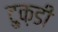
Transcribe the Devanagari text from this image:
टुक़डी